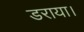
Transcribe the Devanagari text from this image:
डराया।